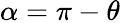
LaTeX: \alpha=\pi-\theta